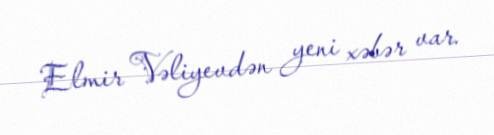
Elmir Vəliyevdən yeni xəbər var.